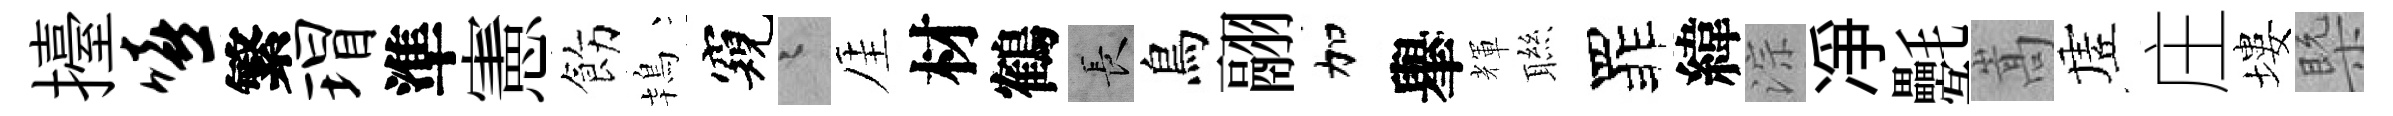
擡嘻繁瑁準憲飭鴇窺迢厓材鶴长鳥翮加𦦙輝聮罪緯淙凈氎嵩虗庄塿槩